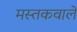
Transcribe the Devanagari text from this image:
मस्तकवाले